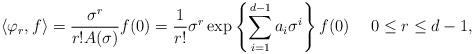
LaTeX: \begin{align*}\langle \varphi_r,f\rangle =\frac{\sigma ^{r}}{r!A(\sigma )}f(0)=\frac{1}{r!}\sigma ^{r}\exp \left\{ \sum_{i=1}^{d-1}a_{i}\sigma ^{i}\right\} f(0)\ \ \ \ 0\leq r\leq d-1, \end{align*}